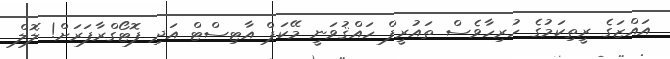
އައްޒަގެ ރީތިކަމުގެ ހުރިހާވެސް ތައުރީފް ހައްޤުވަނީ މޭކަޕް އާޓިސްޓް އަދި ފޮޓޯގްރާފަރަށް! ލޮލް